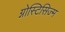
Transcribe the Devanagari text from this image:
ग्नोस्टिसिज्म